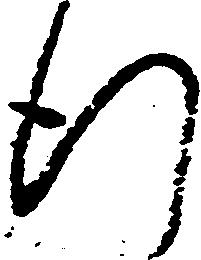
行